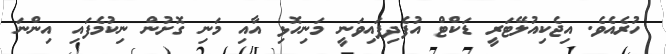
ހުރެއެވެ. އިޖެކިއުލޭޓަރީ ޑަކްޓް އުފެދިފައިވަނީ މަނިހޮޅި އާއި މަނި ގޮށުން ނިކުމެފައި އިންނަ